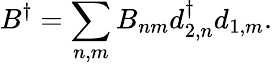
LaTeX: B^{\dagger}=\sum_{n,m}B_{nm}d_{2,n}^{\dagger}d_{1,m}.